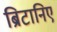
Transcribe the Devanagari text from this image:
ब्रिटानिए